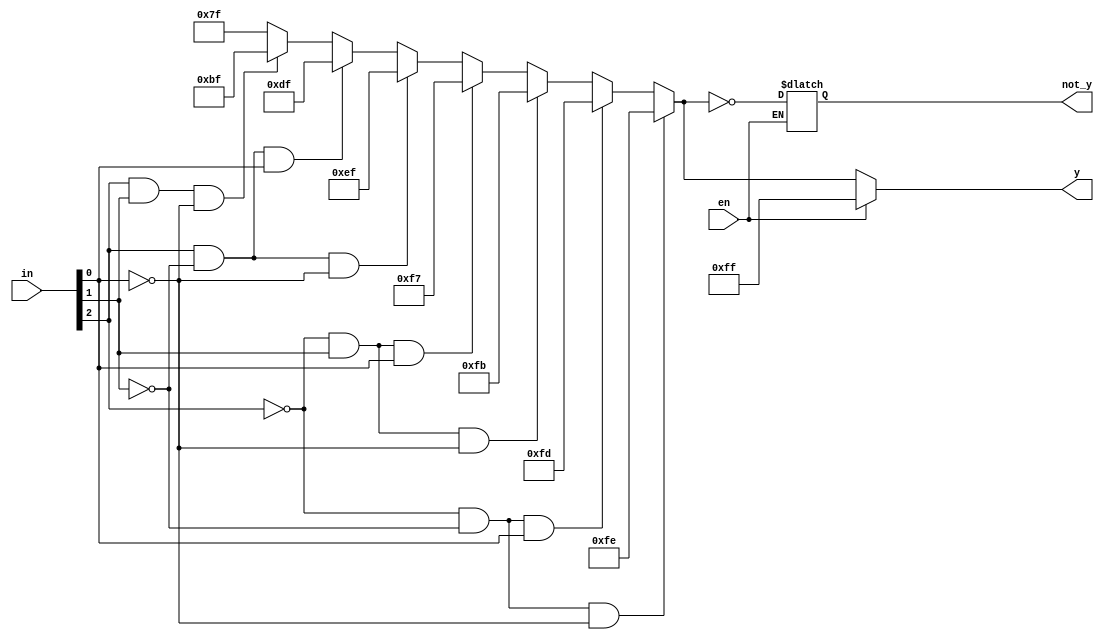
module dec_3x8(not_y,y,in,en);
    input [2:0] in;
    input en;  
    output reg [7:0]y;
    output reg [7:0]not_y; 

    always @(in,en)
        begin
            if (en==0)
            begin
                if(in[2]==1'b0 & in[1]==1'b0 & in[0]==1'b0)
                    y=8'b11111110;
                else if(in[2]==1'b0 & in[1]==1'b0 & in[0]==1'b1)
                    y=8'b11111101;      
                else if(in[2]==1'b0 & in[1]==1'b1 & in[0]==1'b0)
                    y=8'b11111011;
                else if(in[2]==1'b0 & in[1]==1'b1 & in[0]==1'b1)
                    y=8'b11110111; 
                else if(in[2]==1'b1 & in[1]==1'b0 & in[0]==1'b0)
                    y=8'b11101111;
                else if(in[2]==1'b1 & in[1]==1'b0 & in[0]==1'b1)
                    y=8'b11011111;      
                else if(in[2]==1'b1 & in[1]==1'b1 & in[0]==1'b0)
                    y=8'b10111111;
                else if(in[2]==1'b1 & in[1]==1'b1 & in[0]==1'b1)
                    y=8'b01111111;      
                else 
                    y=8'bxxxxxxxx;   
                not_y = ~y;
            end
            else 
                y=8'b11111111;
        end
endmodule